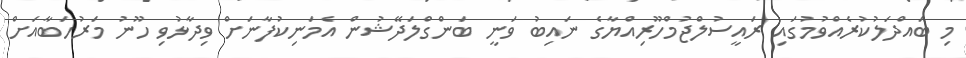
މި ބައްދަލުކުރެއްވުމުގައި ރައީސުލްޖުމްހޫރިއްޔާގެ ނައިބު ވަނީ ބަންގްލަދޭޝުން އެމަނިކުފާނަށް ވިދާޅުވި ހޫނު މަރުހަބާއަށް